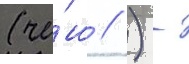
(че́ш // ) -